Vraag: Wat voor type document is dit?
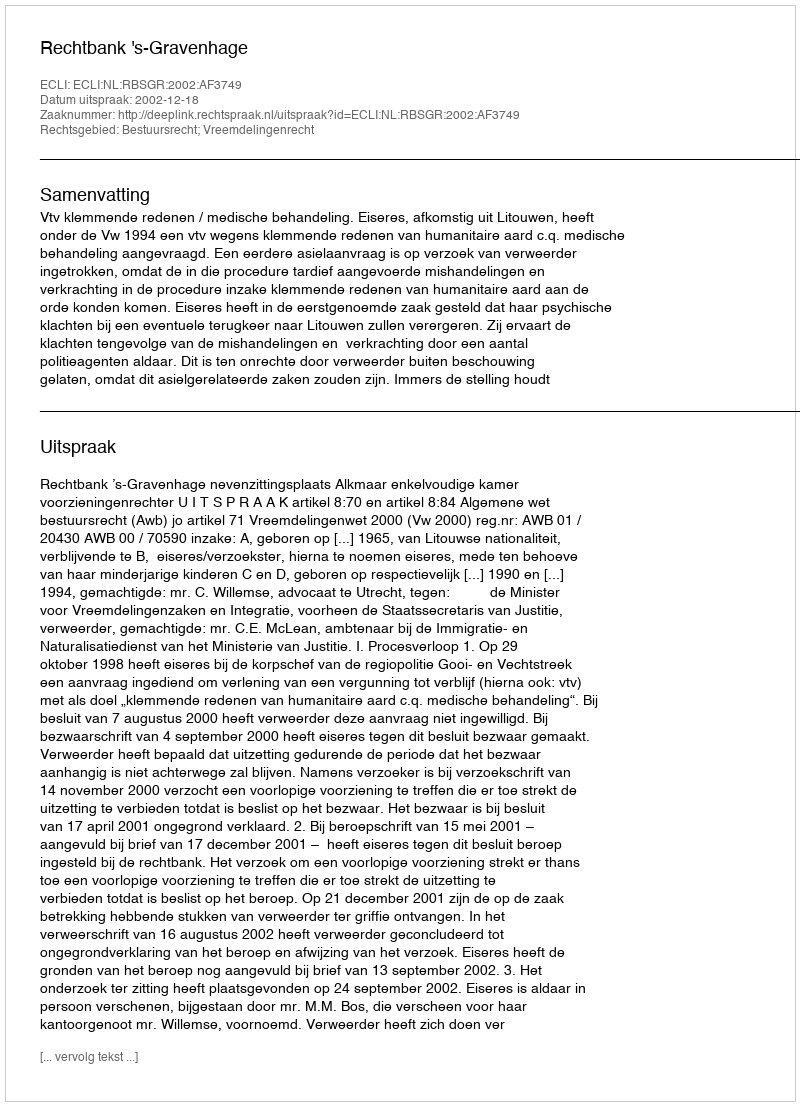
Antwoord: Uitspraak